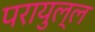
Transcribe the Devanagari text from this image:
परायुल्ल